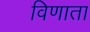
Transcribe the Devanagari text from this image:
विणाता